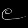
Digit: ၉